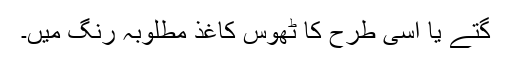
گتے یا اسی طرح کا ٹھوس کاغذ مطلوبہ رنگ میں۔